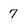
Character: 7